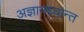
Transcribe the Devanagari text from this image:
अज्ञानध्वान्त